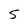
Character: 5